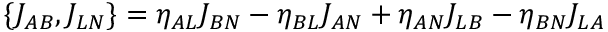
\{ J _ { A B } , J _ { L N } \} = \eta _ { A L } J _ { B N } - \eta _ { B L } J _ { A N } + \eta _ { A N } J _ { L B } - \eta _ { B N } J _ { L A }